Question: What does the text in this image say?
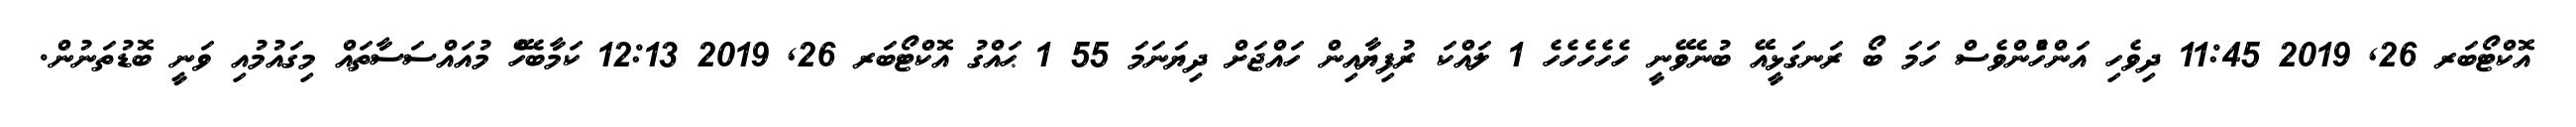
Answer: އޮކްޓޯބަރ 26, 2019 11:45 ދިވެހި އަންހެުންވެސް ހަމަ ބޯ ރަނގަޅީއޭ ބުނެވޭނީ ހެހެހެހެހެ 1 ލައްކަ ރުފިޔާއިން ހައްޖަށް ދިޔަނަމަ 55 1 ޙައްގު އޮކްޓޯބަރ 26, 2019 12:13 ކަމާބެހެޭ މުއައްސަސާތައް މިގައުމުއި ވަނީ ބޮޑުތަނުން.